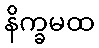
နိက္ခမထ